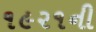
૧૯૨૧ની